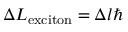
\Delta L _ { \mathrm { e x c i t o n } } = \Delta l \hbar